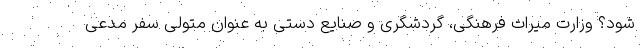
شود؟ وزارت میراث فرهنگی، گردشگری و صنایع دستی به عنوان متولی سفر مدعی